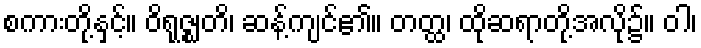
စကားတို့နှင့်။ ဝိရုဇ္ဈတိ၊ ဆန့်ကျင်၏။ တတ္ထ၊ ထိုဆရာတို့အလို၌။ ဝါ၊